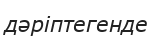
дәріптегенде